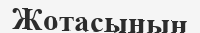
Жотасының